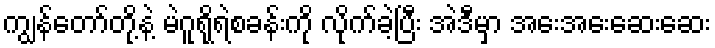
ကျွန်တော်တို့နဲ့ မဲဂူရိုရဲစခန်းကို လိုက်ခဲ့ပြီး အဲဒီမှာ အေးအေးဆေးဆေး